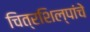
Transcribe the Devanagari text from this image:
चित्रशिल्पांचे